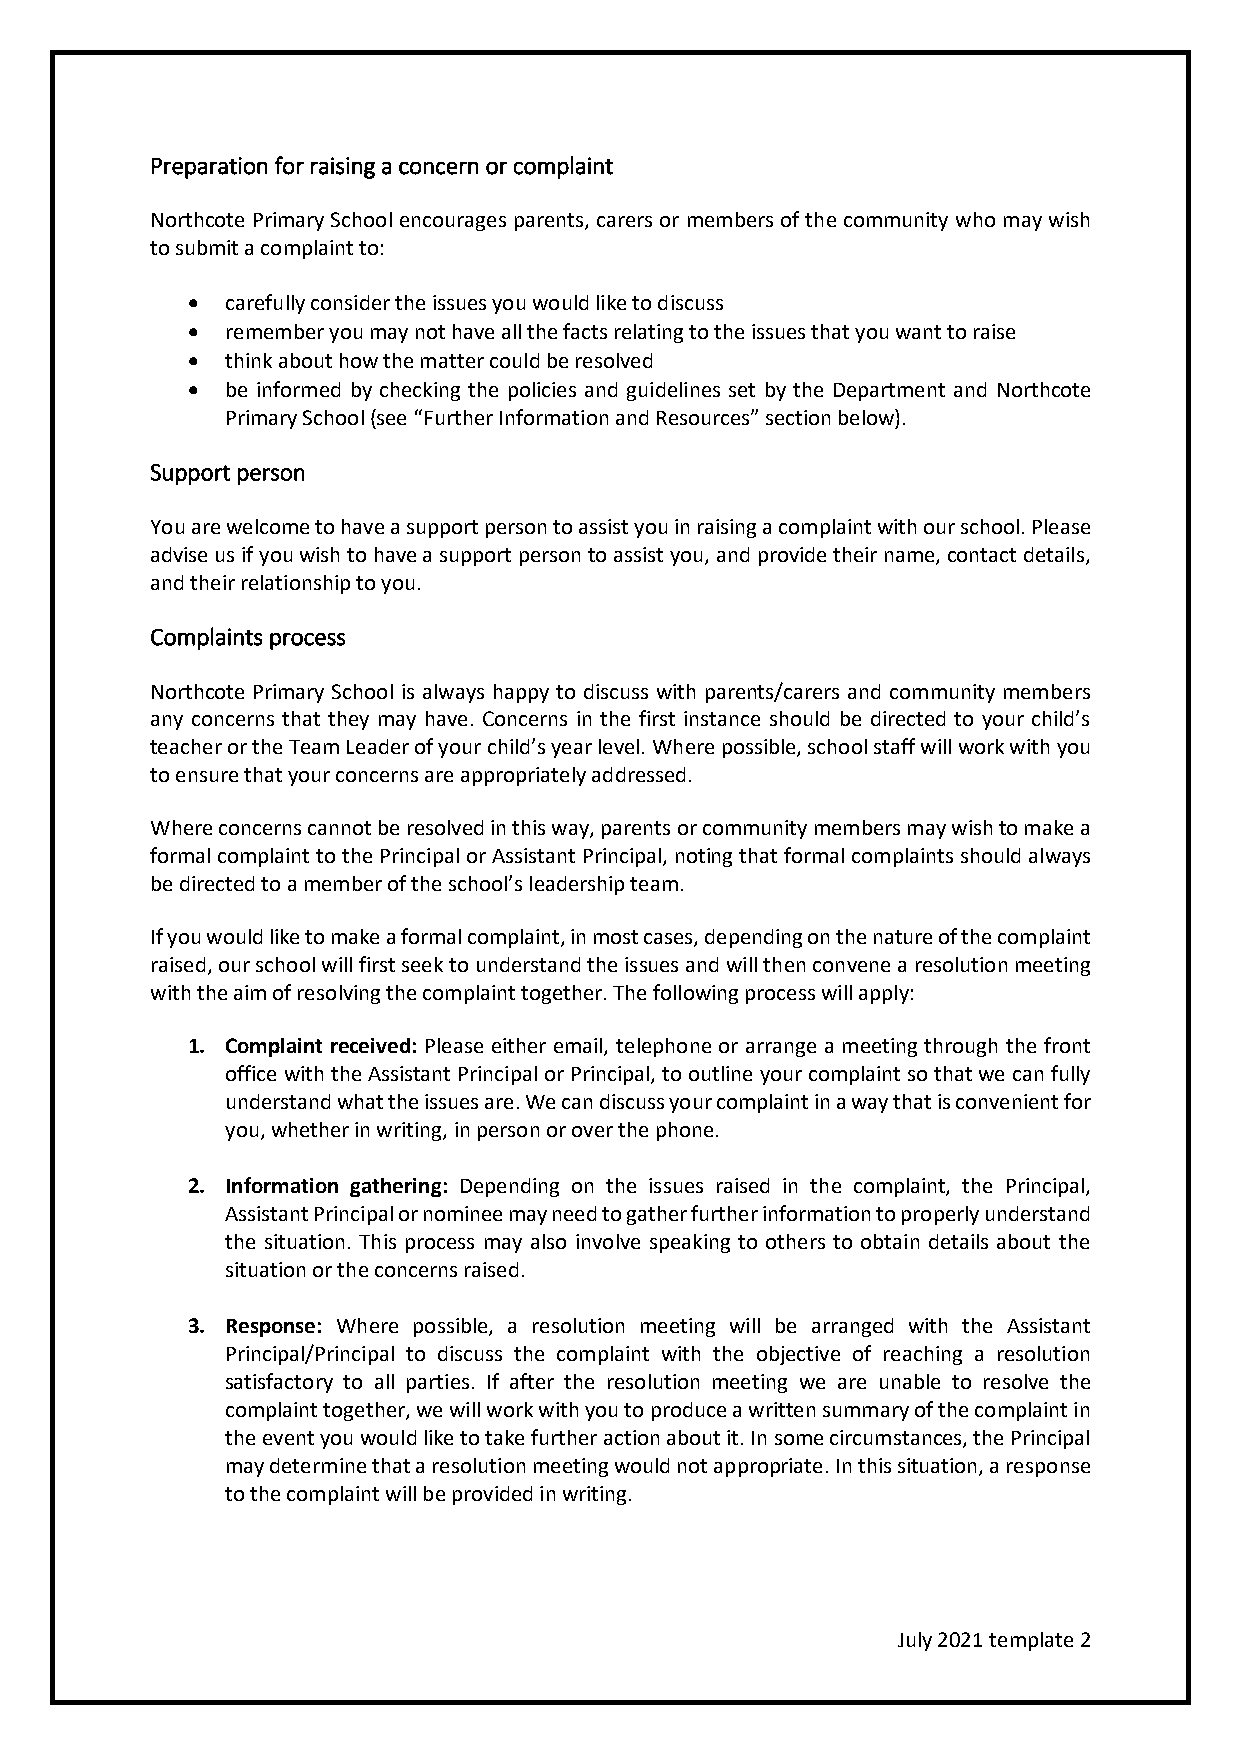
Preparation for raising a concern or complaint
 Northcote Primary School encourages parents, carers or members of the community who may wish
 to submit a complaint to:
 •  carefully consider the issues you would like to discuss
 •  remember you may not have all the facts relating to the issues that you want to raise
 •  think about how the matter could be resolved
 •  be informed by checking the policies and guidelines set by the Department and Northcote
 Primary School (see “Further Information and Resources” section below).
 Support person
 You are welcome to have a support person to assist you in raising a complaint with our school. Please
 advise us if you wish to have a support person to assist you, and provide their name, contact details,
 and their relationship to you.
 Complaints process
 Northcote Primary School is always happy to discuss with parents/carers and community members
 any concerns that they may have. Concerns in the first instance should be directed to your child’s
 teacher or the Team Leader of your child’s year level. Where possible, school staff will work with you
 to ensure that your concerns are appropriately addressed.
 Where concerns cannot be resolved in this way, parents or community members may wish to make a
 formal complaint to the Principal or Assistant Principal, noting that formal complaints should always
 be directed to a member of the school’s leadership team.
 If you would like to make a formal complaint, in most cases, depending on the nature of the complaint
 raised, our school will first seek to understand the issues and will then convene a resolution meeting
 with the aim of resolving the complaint together. The following process will apply:
 1. Complaint received: Please either email, telephone or arrange a meeting through the front
 office with the Assistant Principal or Principal, to outline your complaint so that we can fully
 understand what the issues are. We can discuss your complaint in a way that is convenient for
 you, whether in writing, in person or over the phone.
 2. Information gathering: Depending on the issues raised in the complaint, the Principal,
 Assistant Principal or nominee may need to gather further information to properly understand
 the situation. This process may also involve speaking to others to obtain details about the
 situation or the concerns raised.
 3. Response: Where possible, a resolution meeting will be arranged with the Assistant
 Principal/Principal to discuss the complaint with the objective of reaching a resolution
 satisfactory to all parties. If after the resolution meeting we are unable to resolve the
 complaint together, we will work with you to produce a written summary of the complaint in
 the event you would like to take further action about it. In some circumstances, the Principal
 may determine that a resolution meeting would not appropriate. In this situation, a response
 to the complaint will be provided in writing.
 July 2021 template 2